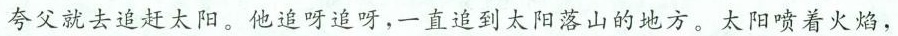
夸父就去追赶太阳。他追呀追呀，一直追到太阳落山的地方。太阳喷着火焰，